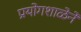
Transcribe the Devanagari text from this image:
प्रयोगशाळेने